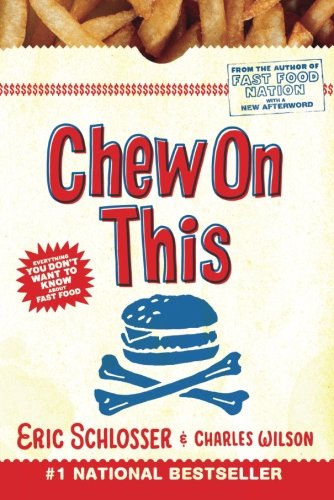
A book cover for Chew On This: Everything You Don't Want to Know About Fast Food; Charles Wilson; Teen & Young Adult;